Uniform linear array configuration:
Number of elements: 64
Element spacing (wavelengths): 1
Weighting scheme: hamming
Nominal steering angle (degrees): -60
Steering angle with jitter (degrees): -59.878
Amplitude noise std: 0.05
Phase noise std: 0.05

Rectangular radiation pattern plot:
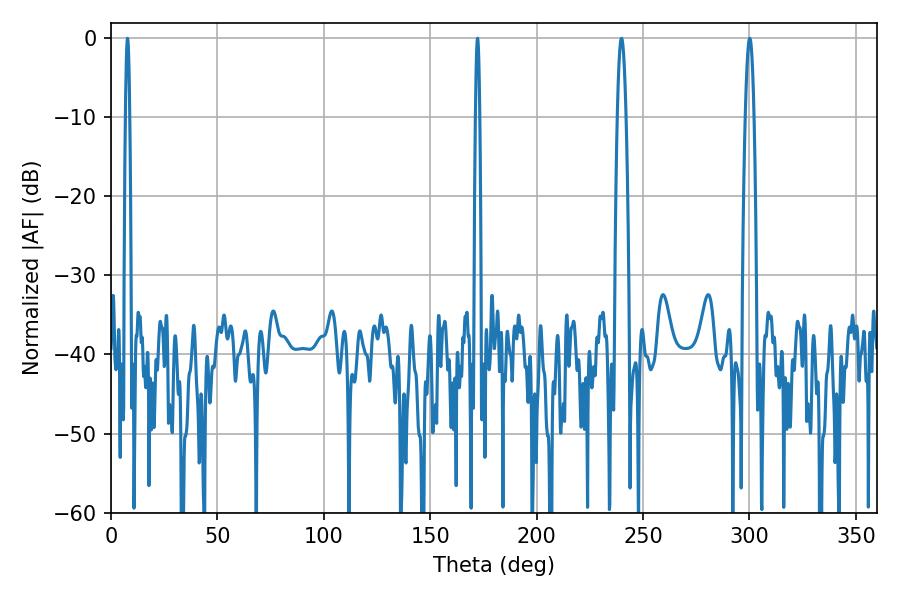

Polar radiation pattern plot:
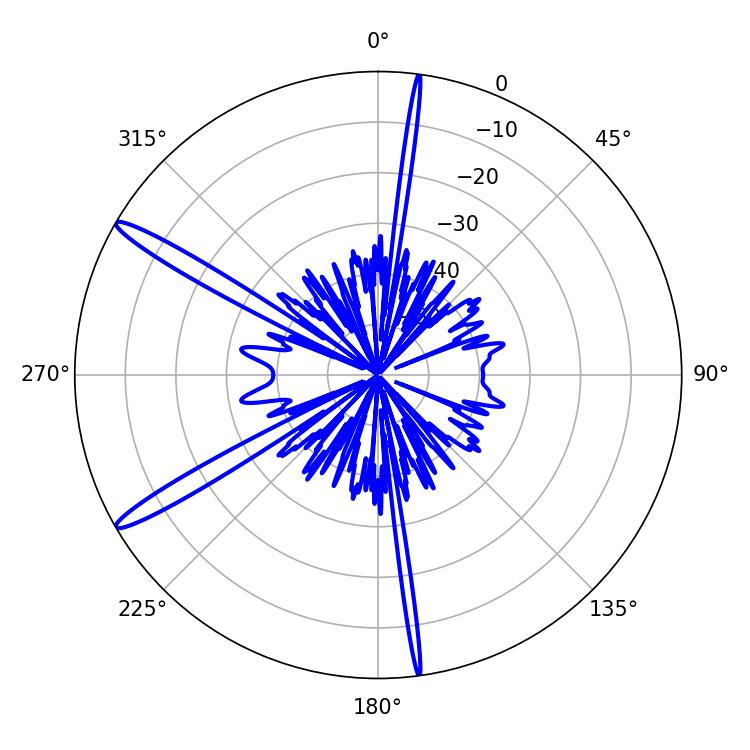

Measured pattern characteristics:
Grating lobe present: TRUE
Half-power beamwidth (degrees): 1.08
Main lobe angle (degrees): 172.26